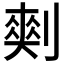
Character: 𰄾